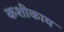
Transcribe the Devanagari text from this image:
कशीकाय